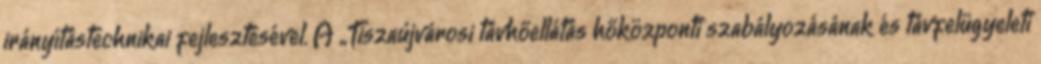
irányítástechnikai fejlesztésével. A „Tiszaújvárosi távhőellátás hőközponti szabályozásának és távfelügyeleti